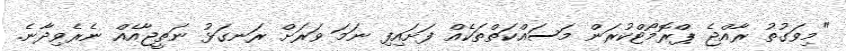
"މިވަގުތު ރާއްޖެ ޕްރޮމޯޓްކުރަން މަސައްކަތްތަކެއް ފަށައިފި ނަމަ ވަރަށް ރަނގަޅު ނަތީޖާއެއް ނެރެވިދާނެ.